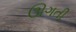
ઊગતી